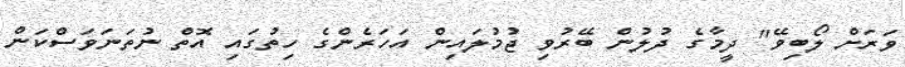
ވަރަށް ލޯބިވޭ" ދީމާގެ ދުލުން ބޭރުވި ޖުމުލައިން އަހަރެންގެ ހިތުގައި އޮތް ނުތަނަވަސްކަން